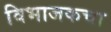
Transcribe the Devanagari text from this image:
विभाजकचा